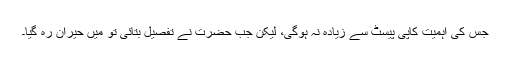
جس کی اہمیت کاپی پیسٹ سے زیادہ نہ ہوگی، لیکن جب حضرت نے تفصیل بتائی تو میں حیران رہ گیا۔